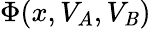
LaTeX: \Phi(x,V_{A},V_{\mathit{B}})